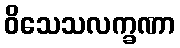
ဝိသေသလက္ခဏာ